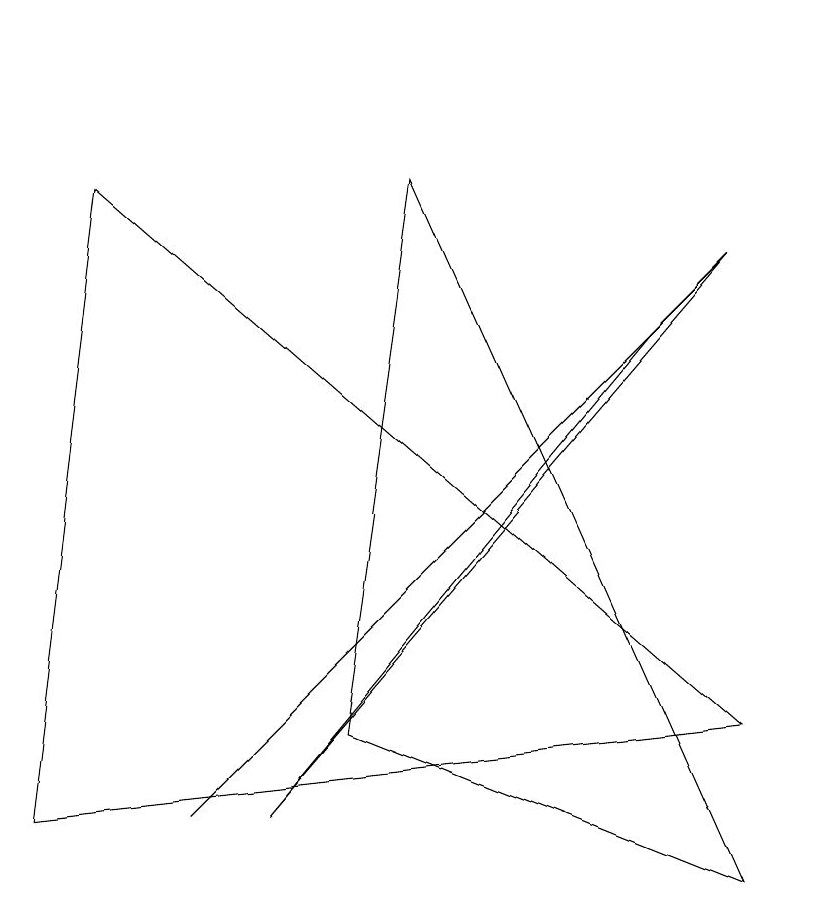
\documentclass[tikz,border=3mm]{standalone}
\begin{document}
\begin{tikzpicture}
\draw (3,1) -- (8,7) -- (9,8) -- cycle;
\draw (9,8) -- (5,4) -- (2,1) -- cycle;
\draw (9,2) -- (0,1) -- (1,9) -- cycle;
\draw (5,9) -- (9,0) -- (4,2) -- cycle;
\draw (10,11) circle (0);
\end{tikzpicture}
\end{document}